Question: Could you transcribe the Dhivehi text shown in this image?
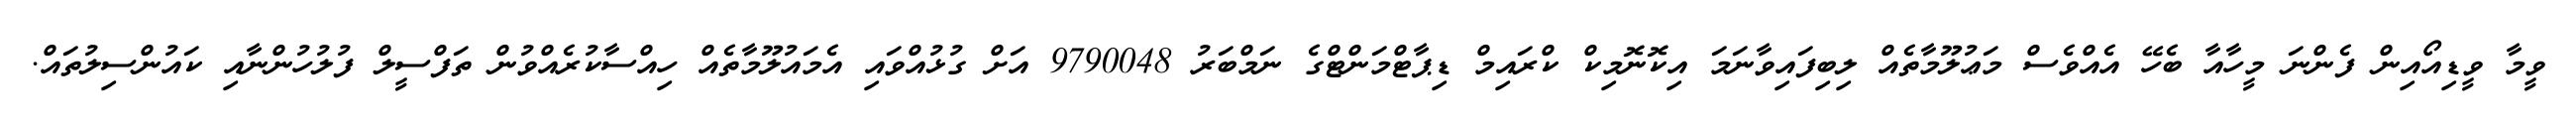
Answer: ވީމާ ވީޑިއޯއިން ފެންނަ މީހާއާ ބެހޭ އެއްވެސް މަޢުލޫމާތެއް ލިބިފައިވާނަމަ އިކޮނޮމިކް ކްރައިމް ޑިޕާޓްމަންޓްގެ ނަމްބަރު 9790048 އަށް ގުޅުއްވައި އެމައުލޫމާތެއް ހިއްސާކުރެއްވުން ތަފްސީލް ފުލުހުންނާއި ކައުންސިލުތައް.